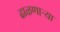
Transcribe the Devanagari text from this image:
ढाळणाऱ्या